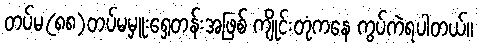
တပ်မ(၈၈)တပ်မမှူးရှေ့တန်းအဖြစ် ကျိုင်းတုံကနေ ကွပ်ကဲရပါတယ်။